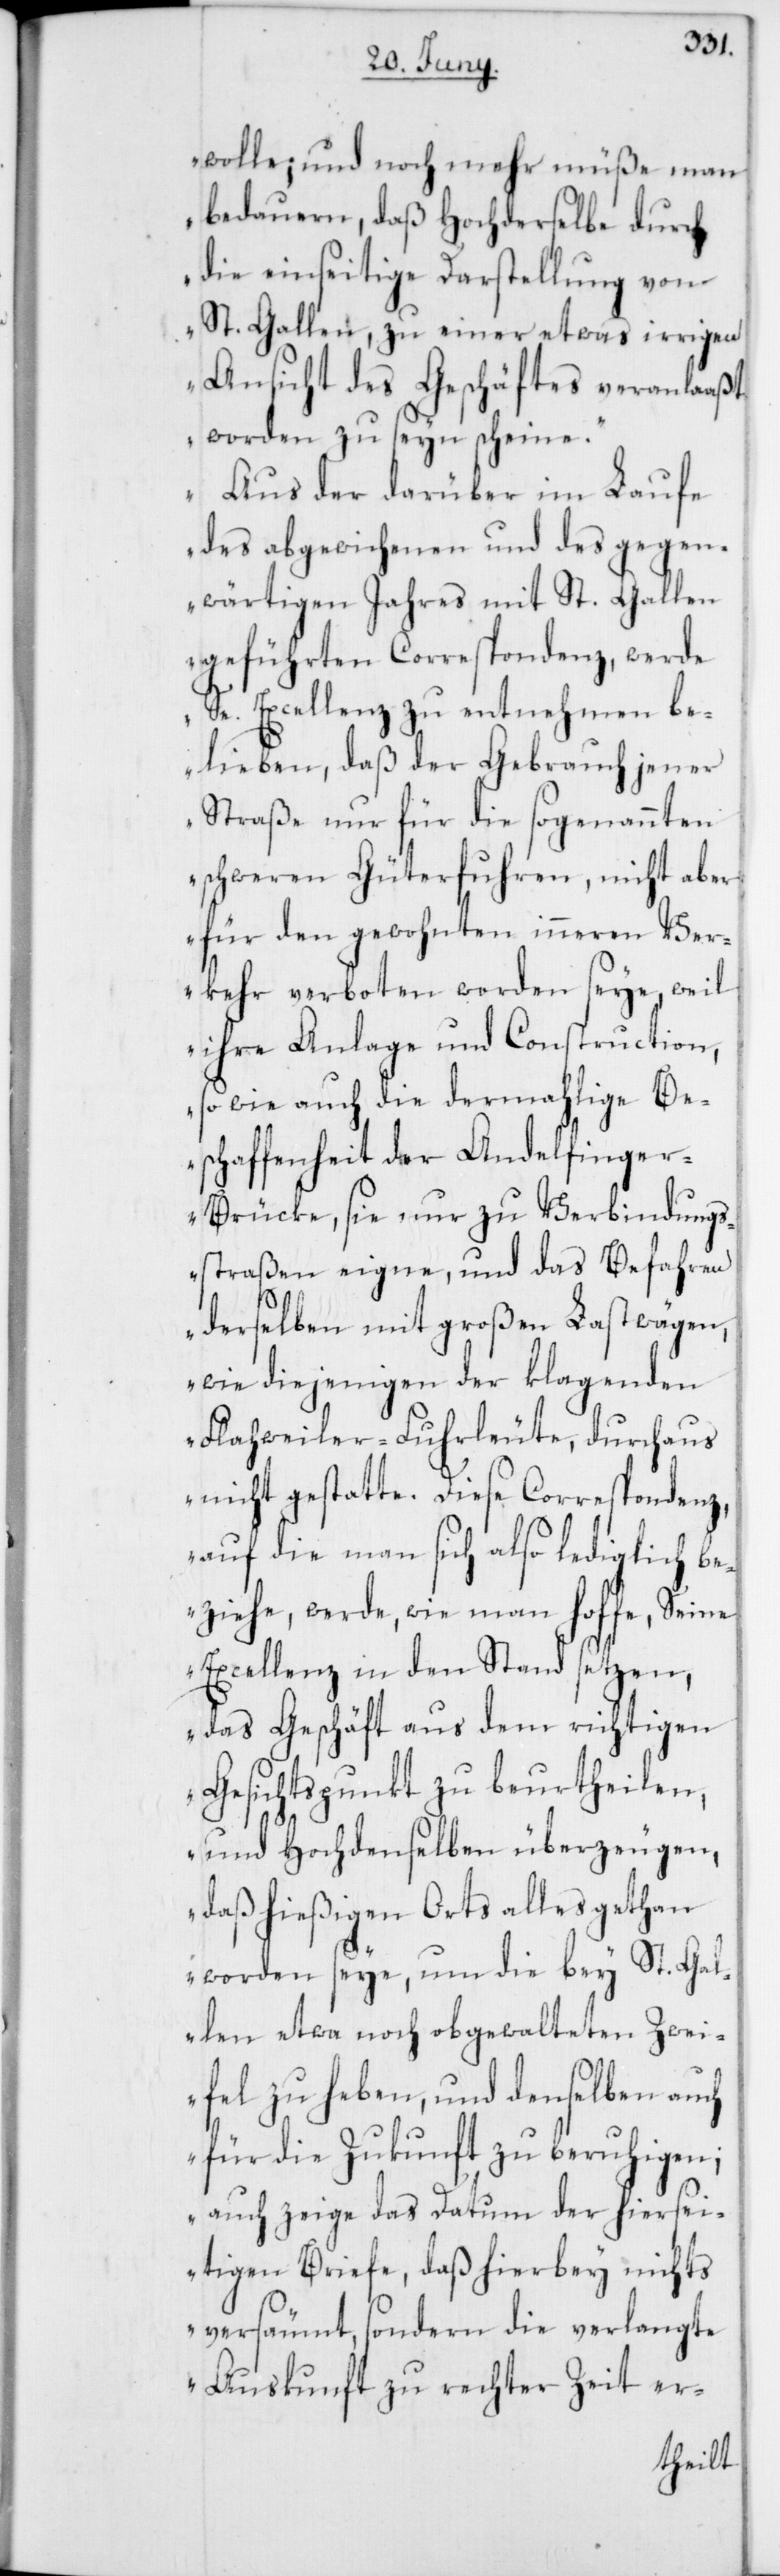
wolle; und noch mehr müße man
bedauern, daß Hochderselbe durch
die einseitige Darstellung von
St. Gallen, zu einer etwas irrigen
Ansicht des Geschäftes veranlaaßt
worden zu seyn scheine.
Aus der darüber im Laufe
des abgewichenen und des gegen¬
wärtigen Jahres mit St. Gallen
geführten Correspondenz, werde
Se. Excellenz zu entnehmen be¬
lieben, daß der Gebrauch jener
Straße nur für die sogenannten
schweren Güterfuhren, nicht aber
für den gewohnten inneren Ver¬
kehr verboten worden seye, weil
ihre Anlage und Construction,
so wie auch die dermahlige Be¬
schaffenheit der Andelfinge¬
r-Brücke, sie nur zu Verbindungs¬
straßen eigne, und das Befahren
derselben mit großen Lastwägen,
wie diejenigen der klagenden
Flaweiler-Fuhrleute, durchaus
nicht gestatte. Diese Correspondenz,
auf die man sich also lediglich be¬
ziehe, werde, wie man hoffe, Seine
Excellenz in den Stand setzen,
das Geschäft aus dem richtigen
Gesichtspunkt zu beurtheilen,
und Hochdenselben überzeugen,
daß hießigen Orts alles gethan
worden seye, um die bey St. Gal¬
len etwa noch obgewalteten Zwei¬
fel zu heben, und denselben auch
für die Zukunft zu beruhigen;
auch zeige das Datum der hiersei¬
tigen Briefe, daß hierbey nichts
versäumt, sondern die verlangte
Auskunft zu rechter Zeit er-